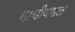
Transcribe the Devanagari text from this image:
मायीयमल